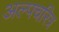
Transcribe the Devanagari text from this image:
अल्पचरित्र